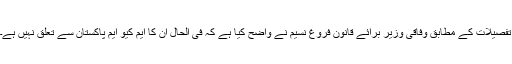
تفصیلات کے مطابق وفاقی وزیر برائے قانون فروغ نسیم نے واضح کیا ہے کہ فی الحال ان کا ایم کیو ایم پاکستان سے تعلق نہیں ہے۔